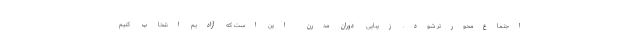
اجتماع‌محورتر شود. زیبایی دوران مدرن این است که آزادیم انتخاب کنیم